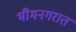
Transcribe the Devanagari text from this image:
भीमनगरात